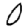
Digit: 0